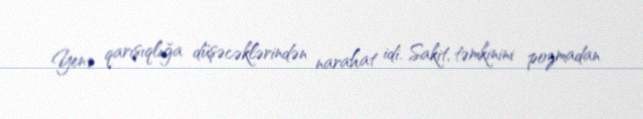
Yenə qarışıqlığa düşəcəklərindən narahat idi. Sakit, təmkinini pozmadan